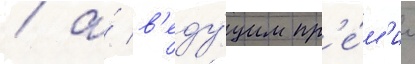
/ а́ в'еду́щим пр'е́м'ии